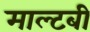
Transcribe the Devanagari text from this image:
माल्टबी